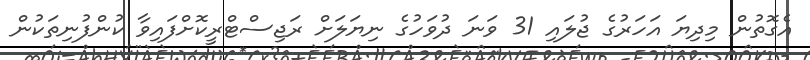
އެގޮތުން މިދިޔަ އަހަރުގެ ޖުލައި 31 ވަނަ ދުވަހުގެ ނިޔަލަށް ރަޖިސްޓްރީކޮށްފައިވާ ކުންފުނިތަކުން